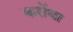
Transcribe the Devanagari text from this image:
करोंथा